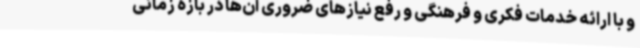
و با ارائه خدمات فکری و فرهنگی و رفع نیازهای ضروری آن‌ها در بازه زمانی